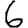
Digit: 6